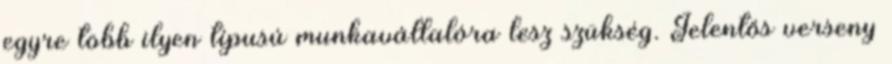
egyre több ilyen típusú munkavállalóra lesz szükség. Jelentős verseny